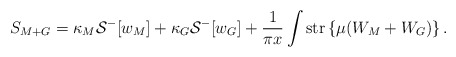
\begin{align*}S_{M+G} = \kappa_M {\cal S}^-[w_M] + \kappa_G {\cal S}^-[w_G]+\frac{1}{\pi x} \int\mbox{str} \left\{ \mu ( W_M + W_G) \right\}.\end{align*}